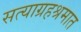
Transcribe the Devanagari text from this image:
सत्याग्रहश्रमात